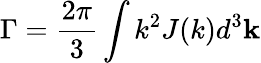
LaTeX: \Gamma=\frac{2\pi}{3}\int k^{2}J(k)d^{3}\mathbf{k}